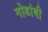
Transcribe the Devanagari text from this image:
गोडांबी